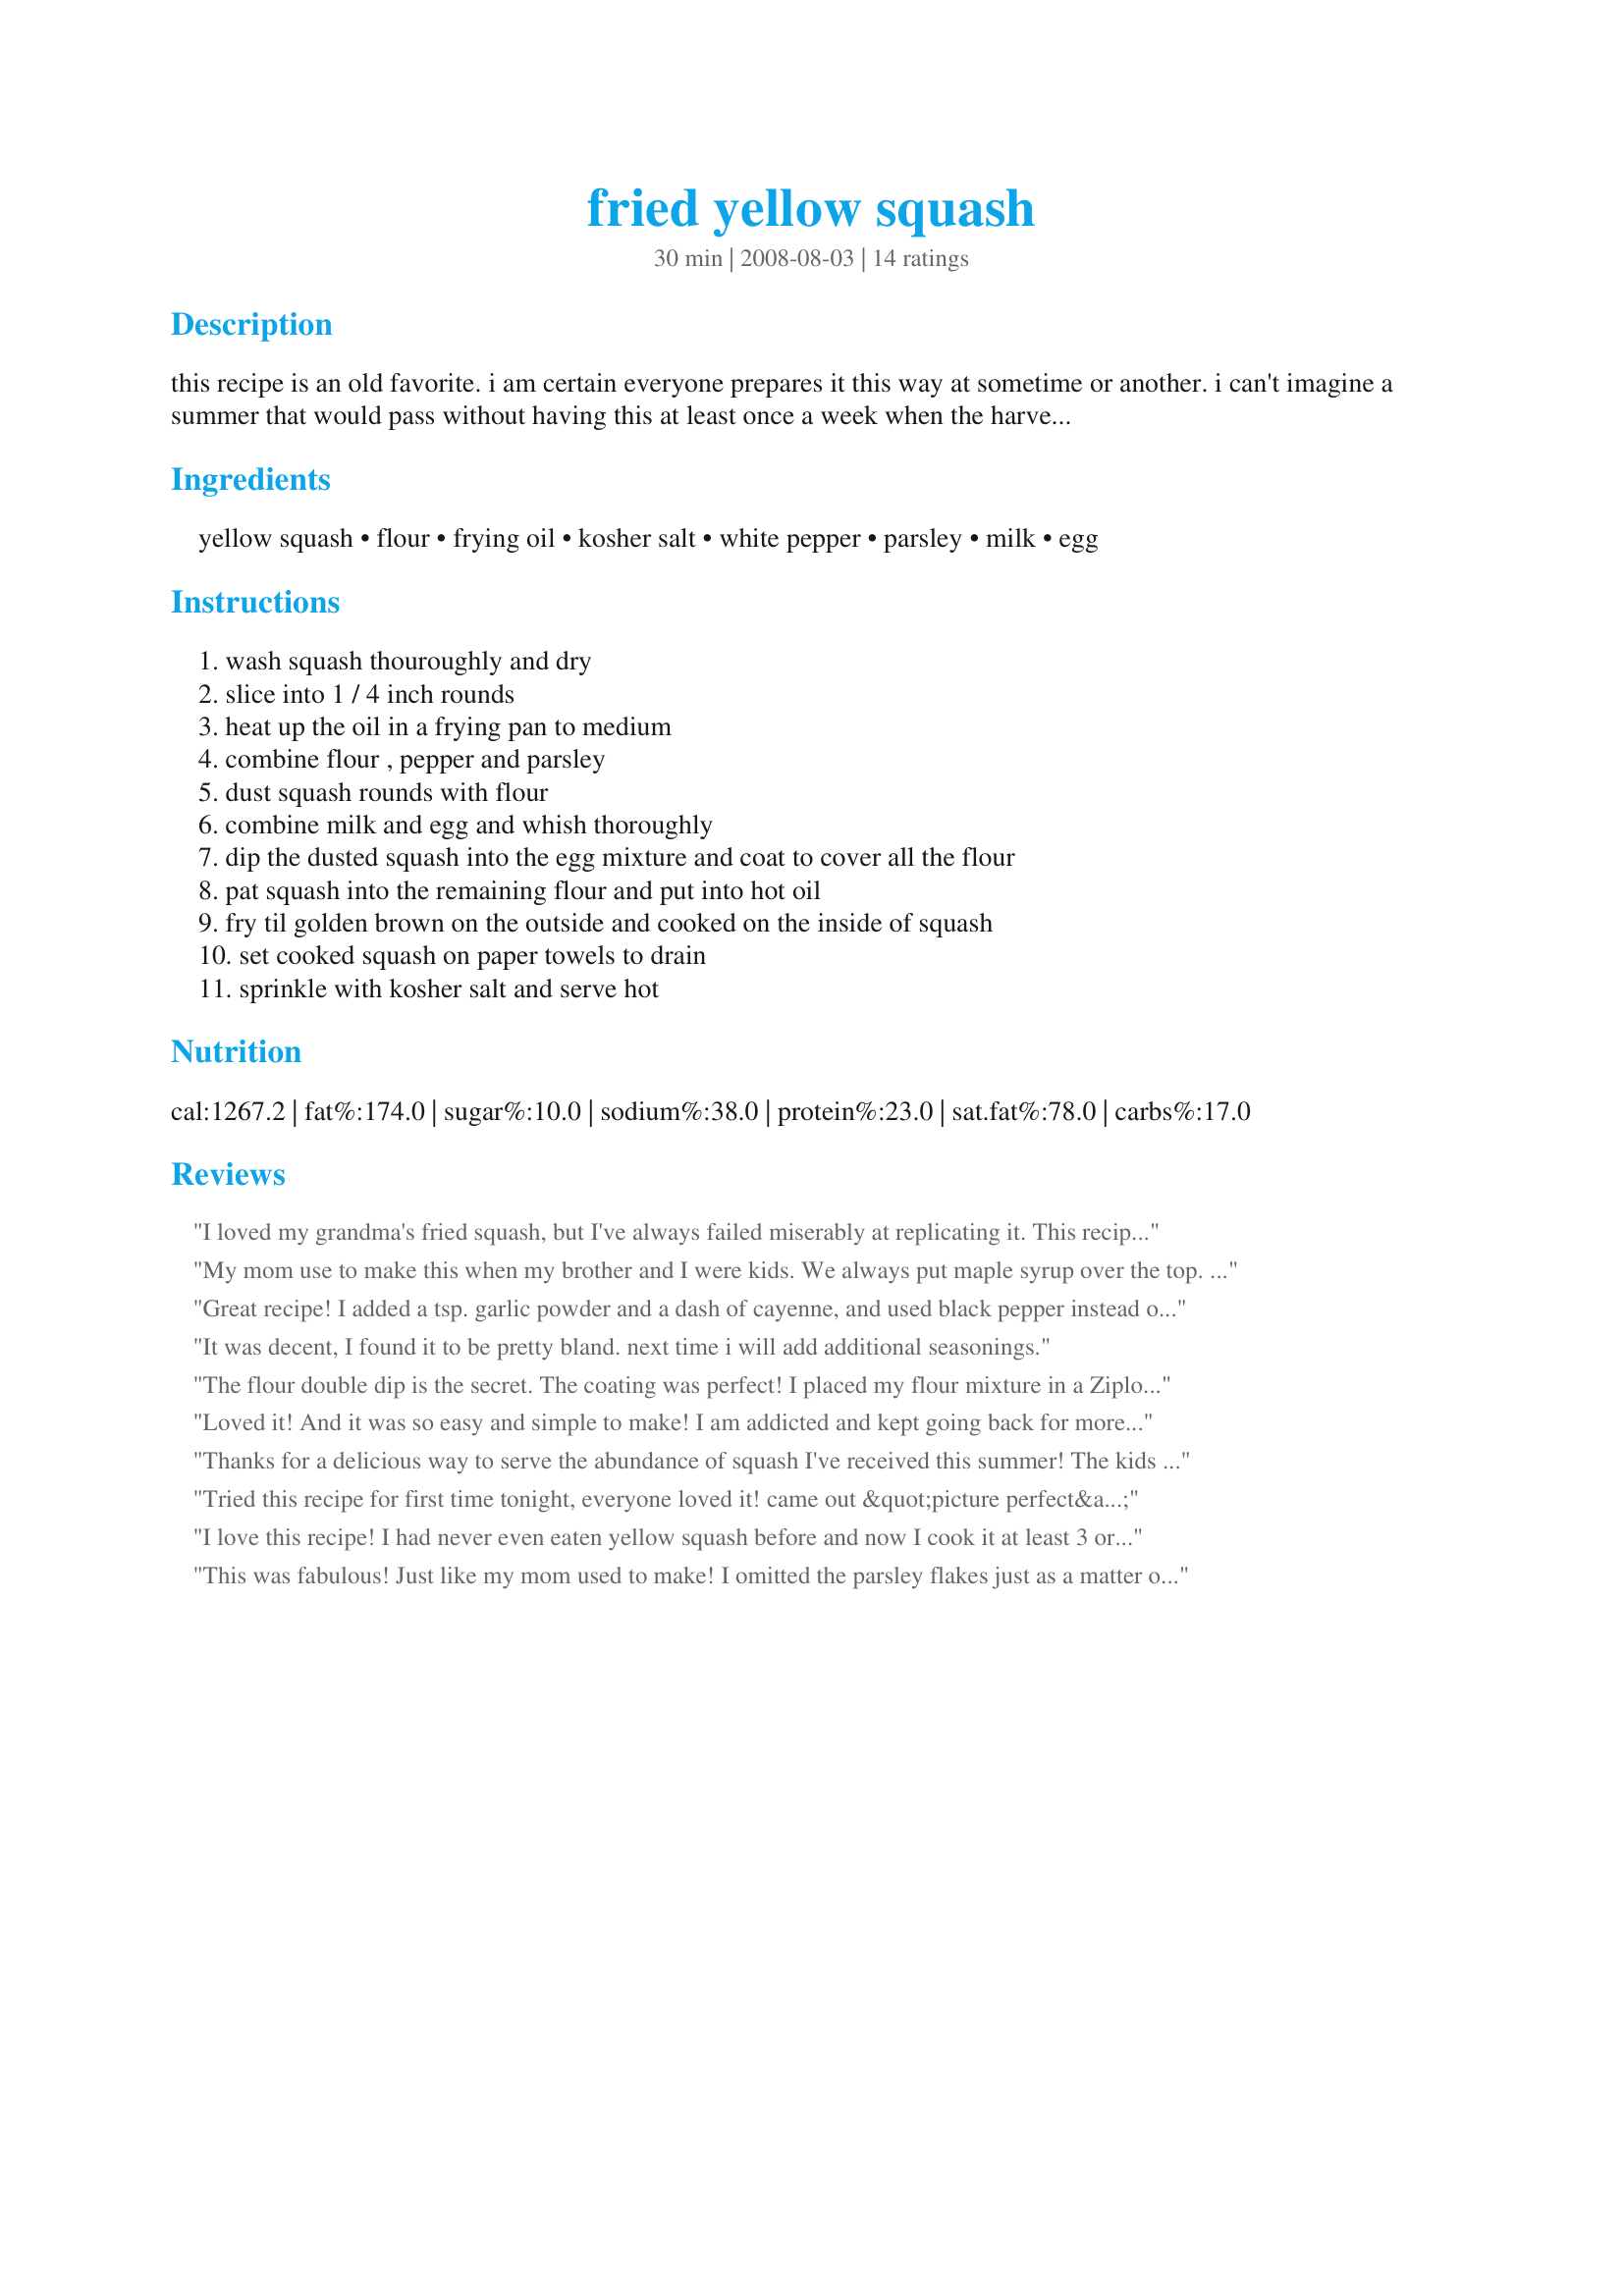
fried yellow squash
Preparation time: 30 minutes

this recipe is an old favorite. i am certain everyone prepares it this way at sometime or another. i can't imagine a summer that would pass without having this at least once a week when the harvest is in

Ingredients:
yellow squash, flour, frying oil, kosher salt, white pepper, parsley, milk, egg

Steps:
wash squash thouroughly and dry, slice into 1 / 4 inch rounds, heat up the oil in a frying pan to medium, combine flour , pepper and parsley, dust squash rounds with flour, combine milk and egg and whish thoroughly, dip the dusted squash into the egg mixture and coat to cover all the flour, pat squash into the remaining flour and put into hot oil, fry til golden brown on the outside and cooked on the inside of squash, set cooked squash on paper towels to drain, sprinkle with kosher salt and serve hot

Reviews:
I loved my grandma's fried squash, but I've always failed miserably at replicating it. This recipe was perfect. It was so good, I ate way too much but it was worth the slight tummy ache afterward. Thank you so much for sharing this recipe. I'll try a pinch of sugar next time too. That sounds even better!
My mom use to make this when my brother and I were kids. We always put maple syrup over the top. Yum.
Great recipe! I added a tsp. garlic powder and a dash of cayenne, and used black pepper instead of white, but turned out awesome. I've never made squash before, but these were easy and delicious. No leftovers!
It was decent, I found it to be pretty bland. next time i will add additional seasonings.
The flour double dip is the secret. The coating was perfect! I placed my flour mixture in a Ziploc bag and shook my squash in it to get an even coat, both before and after the wash. Less mess. Less dishes. Less work. Happy me.
Loved it! And it was so easy and simple to make! I am addicted and kept going back for more...
Thanks for a delicious way to serve the abundance of squash I've received this summer! The kids love these dipped in ranch dressing!
Tried this recipe for first time tonight, everyone loved it! came out &quot;picture perfect&quot; !! From the kitchen of Mountain Gal in NYS.
I love this recipe! I had never even eaten yellow squash before and now I cook it at least 3 or 4 times a year. It is so naturally sweet and crunchy! No need to change anything in this recipe, Thanks for sharing!
This was fabulous! Just like my mom used to make! I omitted the parsley flakes just as a matter of taste, and I added a teeny pinch of sugar to flour mixture because that's what my mom always did. This made a great light summer meal. Thank you for your wonderful recipe!
Make sure skillet is hot before adding oil. Heat oil until a sprinkle of flour sizzles, then start frying. This method usually keeps the batter on fried foods.
Very tasty.
Thanks for bringing back a wonderful childhood favorite! I hadn't thought about crookneck in a long time until I was pleasantly surprised by a friend who grew some this year. Your recipe is perfect! I'd give more stars if I could. Thanks for sharing.
It was yummy. Used plant milk and changed the spices- salt, white pepper, garlic powder, &amp; onion powder. Didn't measure exactly, but followed the method. The flour in the oil tends to burn. Has anyone experimented with making the slices ahead and freezing them? Maybe the flour would stay on better then? You could also do just a few slices at a time that wayn
